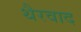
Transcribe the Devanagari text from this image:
थैरवाद